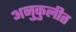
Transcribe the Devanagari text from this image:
अनुकुलीत